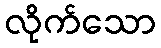
လိုက်သော